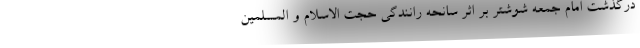
درگذشت امام جمعه شوشتر بر اثر سانحه رانندگی حجت الاسلام و المسلمین